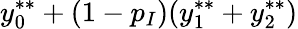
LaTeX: y_{0}^{**}+(1-p_{I})(y_{1}^{**}+y_{2}^{**})